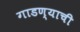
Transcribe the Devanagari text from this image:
गाडण्याची